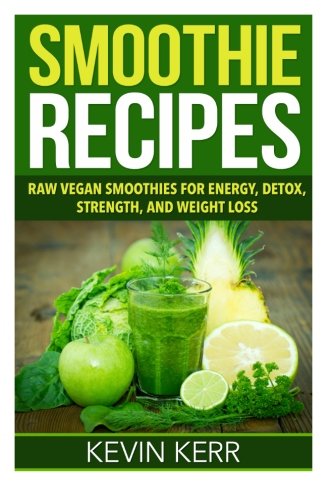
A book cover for Smoothie Recipes: Raw Vegan Smoothies for Energy, Detox, Strength, and Weight Loss.; Kevin Kerr; Cookbooks, Food & Wine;